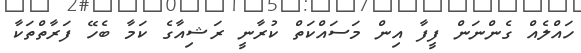
ހައްލެއް ގެންނަން ފީފާ އިން މަސައްކަތް ކުރާނީ ރަޝިއާގެ ކަމާ ބެހޭ ފަރާތްތަކާ